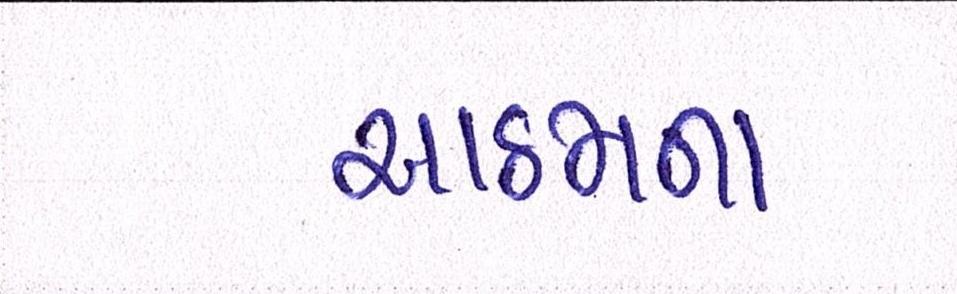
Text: આઠમના